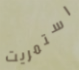
استمريت